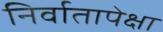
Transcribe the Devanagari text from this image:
निर्वातापेक्षा